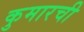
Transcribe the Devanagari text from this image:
कुमारची